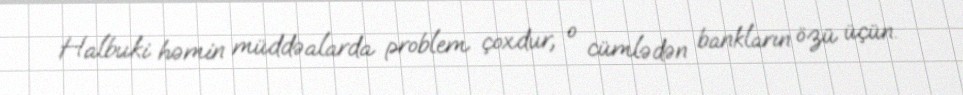
Halbuki həmin müddəalarda problem çoxdur, o cümlədən bankların özü üçün.